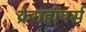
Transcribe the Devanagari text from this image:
क्रेगहॉपर्स